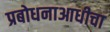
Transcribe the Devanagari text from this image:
प्रबोधनाआधीचा